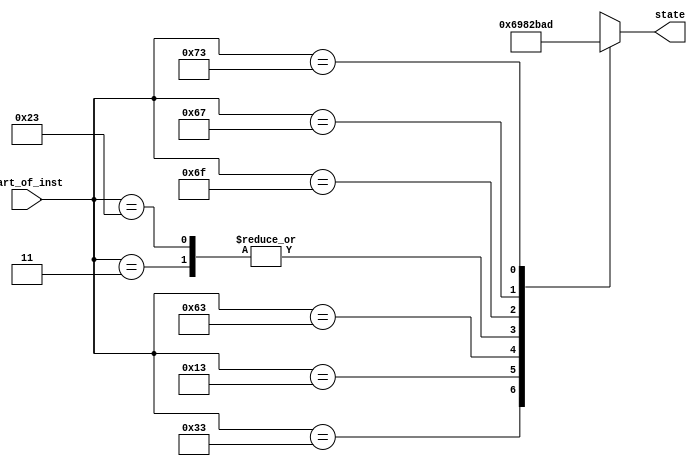
module ROM1 (
    input [6:0] part_of_inst,  // input
    output reg [3:0] state
  );
  
  always @(*) begin
      case (part_of_inst) 
          //R type  
          7'b0110011: state = 4'b0110;
          //I type (imm)
          7'b0010011: state = 4'b1001;
          //SB type
          7'b1100011: state = 4'b1000;
          //L type (Load)
          7'b0000011: state = 4'b0010;
          //S type
          7'b0100011: state = 4'b0010;
          //UJ type
          7'b1101111: state = 4'b1011;
          //JALR
          7'b1100111: state = 4'b1010;
          //ECALL
          7'b1110011: state = 4'b1101;
          default : state = 4'bXXXX;
          
      endcase
  end
  
endmodule